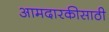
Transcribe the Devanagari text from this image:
आमदारकीसाठी